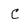
Character: C